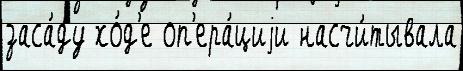
заса́ду хо́д'е оп'ера́циjи насчи́тывала